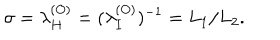
LaTeX: \sigma = \lambda _ { H } ^ { ( O ) } = ( \lambda _ { I } ^ { ( O ) } ) ^ { - 1 } = L _ { 1 } / L _ { 2 } .